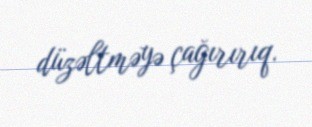
düzəltməyə çağırırıq.